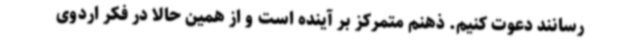
رسانند دعوت کنیم. ذهنم متمرکز بر آینده است و از همین حالا در فکر اردوی